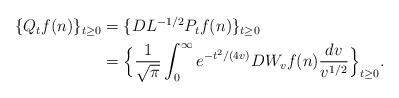
LaTeX: \begin{align*}\begin{aligned}\{ Q_tf(n) \}_{t\ge0} &= \{ D L^{-1/2} P_t f(n) \}_{t\ge0} \\&= \Big\{ \frac1{\sqrt{\pi}} \int_0^\infty e^{-t^2/(4v)} DW_vf(n) \frac{dv}{v^{1/2}} \Big\}_{t\ge0}.\end{aligned}\end{align*}